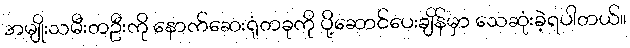
အမျိုးသမီးတဦးကို နောက်ဆေးရုံတခုကို ပို့ဆောင်ပေးချိန်မှာ သေဆုံးခဲ့ရပါတယ်။